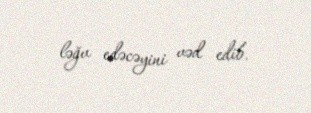
ləğv edəcəyini vəd edib.